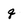
Character: q